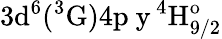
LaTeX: \mathrm{3d^{6}(^{3}G)4p\ y\, ^{4}H_{9/2}^{o}}